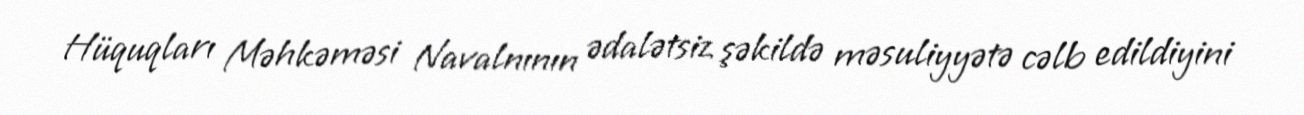
Hüquqları Məhkəməsi Navalnının ədalətsiz şəkildə məsuliyyətə cəlb edildiyini